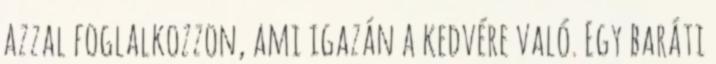
azzal foglalkozzon, ami igazán a kedvére való. Egy baráti